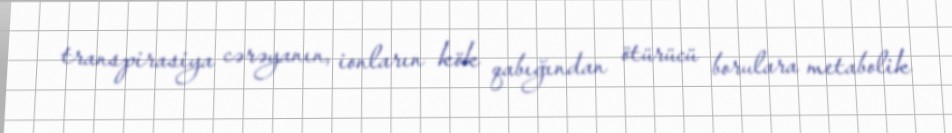
transpirasiya cərəyanın, ionların kök qabığından ötürücü borulara metabolik